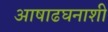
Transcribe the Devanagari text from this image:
आषाढघनाशी